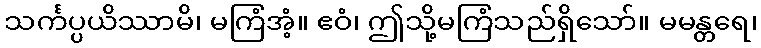
သင်္ကပ္ပယိဿာမိ၊ မကြံအံ့။ ဧဝံ၊ ဤသို့မကြံသည်ရှိသော်။ မမန္တရေ၊